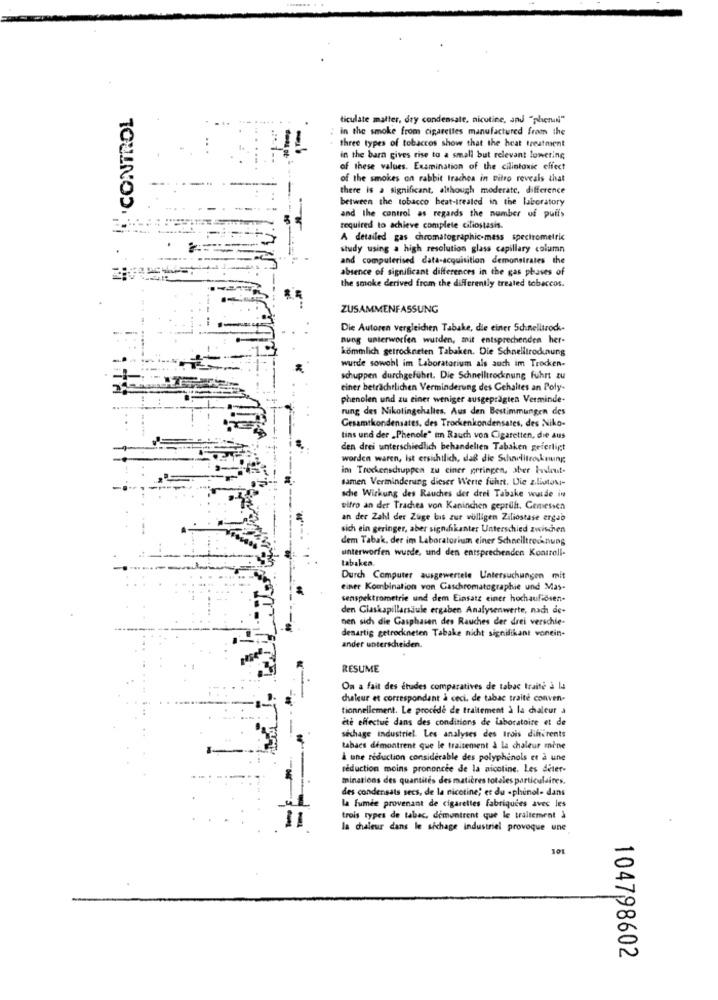
.CONTROL
ticulate malter, dry condensate, nicotine, and "plenum"
in the smoke from cigarettes manufactured from the
three types of tobaccos show that the heat treatment
in the barn gives rise to a small but relevant lowering
of these values. Examination of the cilintoxic effect
of the smokes on rabbit trachea in vitro reveals that
there is a significant, although moderate, difference
between the tobacco beat-treated in the laboratory
and the control as regards the number of puffs
required to achieve complete ciliostasis.
A detailed gas chromatographic-mass spectrometric
study using a high resolution glass capillary column
and computerised data-acquisition demonstrates the
absence of significant differences in the gas phases of
the smoke derived from the differently treated tobaccos.
ZUSAMMENFASSUNG
Die Autoren vergleichen Tabake, die einer Schnelltrock-
nung unterworfen wurden, mit entsprechenden her-
kommlich getrockneten Tabaken. Die Schnelitrodinung
wurde sowohl im Laboratorium als auch im Trocken-
schuppen durchgeführt. Die Schnelltrocknung führt zu
einer beträchtlichen Verminderung des Cehaltes an Poly-
phenolen und zu einer weniger ausgeprägten Verminde-
rung des Nikotingehaltes. Aus den Bestimmungen des
Gesamtkondensates, des Trockenkondensates, des Niko-
tins und der „Phenole" in Rauch von Cigaretten, die aus
den drei unterschiedlich behandelten Tabaken gefertigt
worden waren, Ist ersichtlich, daß die Schnelltrocknung
in Trockensdruppen zu einer geringen, aber budout-
samen Verminderung dieser Werte führt. Die z.liutosi-
sche Wirkung des Rauches der drei Tabake wurde in
vitro an der Trachea von Kaninchen geprüft. Gemessen
an der Zahl der Zuge bis zur willigen Ziliostase ergab
sich ein geringer, aber signifikanter Unterschied zwischen
dem Tabak, der im Laboratorium einer Schnelltrocknung
unterworfen wurde, und den entsprechenden Kontroll-
tabakea.
Durch Computer ausgewertele Untersuchungen mit
einer Kombination von Gaschromatographie und Mas-
senspektrometrie und dem Einsatz einer hochaufidsen-
den Glaskapillarsäule ergaben Analysenwerte, nach de-
nen sich die Gasphasen des Rauches der drei verschie-
desartig getrockneten Tabake nicht signifikant vonein-
ander unterscheiden.
RESUME
On a fait des études comparatives de tabac traité à la
chaleur et correspondant à ceci. de tabac traite conven-
tionnellement. Le procede de traitement à la chaleur a
été effectué dans des conditions de Laboratoire et de
séchage industriel. Les analyses des trois differents
tabacs démontrent que le traitement & la chaleur mine
à une réduction considerable des polyphenols et à une
réduction moins prononcée de la nicotine. Les deter-
minations des quantités des matières totales particulaires.
des condensats secs, de la nicotine; et du -phinol- dans
la fumée provenant de cigarettes fabriquées avec les
trois types de tabac, demontrent que le traitement à
la chaleur dans le sichage industriel provoque une
101
104798602